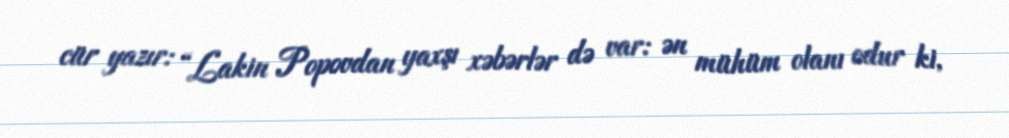
cür yazır: “Lakin Popovdan yaxşı xəbərlər də var: ən mühüm olanı odur ki,